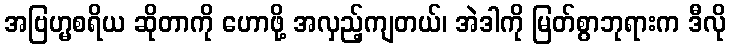
အဗြဟ္မစရိယ ဆိုတာကို ဟောဖို့ အလှည့်ကျတယ်၊ အဲဒါကို မြတ်စွာဘုရားက ဒီလို